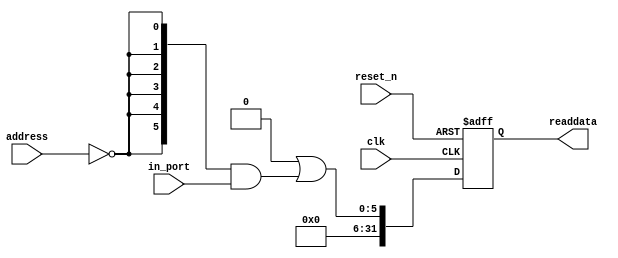
module jaxa_creditCount (
                           address,
                           clk,
                           in_port,
                           reset_n,
                           readdata
                        )
;
  output  [ 31: 0] readdata;
  input   [  1: 0] address;
  input            clk;
  input   [  5: 0] in_port;
  input            reset_n;
wire             clk_en;
wire    [  5: 0] data_in;
wire    [  5: 0] read_mux_out;
reg     [ 31: 0] readdata;
  assign clk_en = 1;
  assign read_mux_out = {6 {(address == 0)}} & data_in;
  always @(posedge clk or negedge reset_n)
    begin
      if (reset_n == 0)
          readdata <= 0;
      else if (clk_en)
          readdata <= {32'b0 | read_mux_out};
    end
  assign data_in = in_port;
endmodule